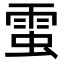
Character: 𧌙